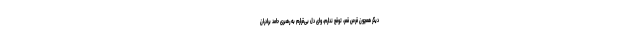
دیگر همچون قرص قمر، توقع ندارم، وای دل بی‌قرارم به رهبری حامد برادران